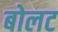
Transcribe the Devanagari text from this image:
बोलट